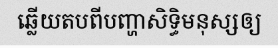
ឆ្លើយតបពីបញ្ហាសិទ្ធិមនុស្សឲ្យ